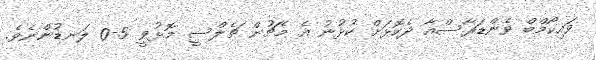
ވައިކޯމްބް ވެންޑަރާސްއާ ދެކޮޅަށް ކުޅުނު އެ މެޗުން ޗެލްސީ މޮޅުވީ 5-0 ލަނޑުންނެވެ.